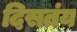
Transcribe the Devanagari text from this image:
दिसतंय